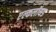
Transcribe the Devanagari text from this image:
एल्कलॉयड